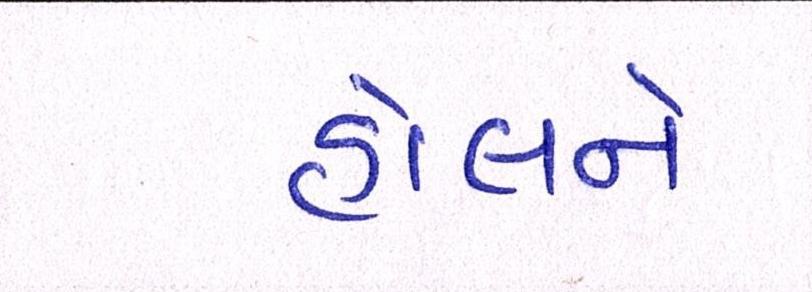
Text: હોલને